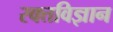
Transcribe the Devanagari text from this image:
रक्तविज्ञान